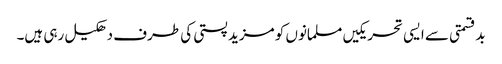
بدقسمتی سے ایسی تحریکیں مسلمانوں کو مزید پستی کی طرف دھکیل رہی ہیں۔